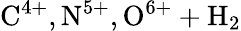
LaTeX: \mathrm{C^{4+},N^{5+},O^{6+}+H_{2}}